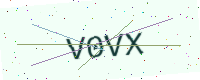
Text: V0VX